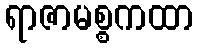
ရာဇာမစ္စကထာ